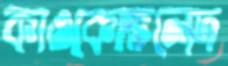
কাওকোভলেদ